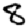
Digit: 8